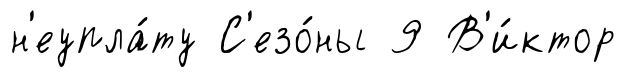
н'еупла́ту С'езо́ны 9 В'и́ктор